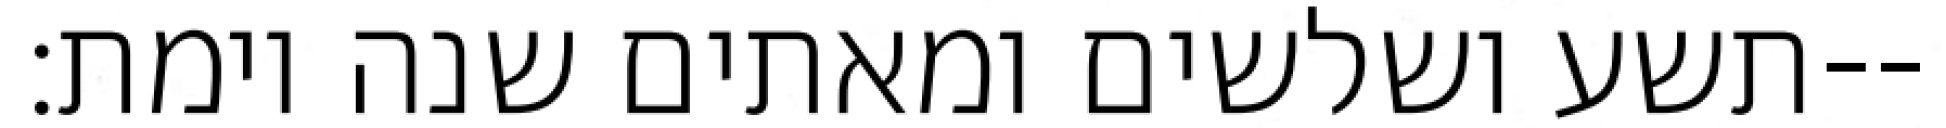
תשע ושלשים ומאתים שנה וימת׃--